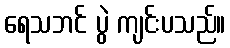
ရေသဘင် ပွဲ ကျင်းပသည်။